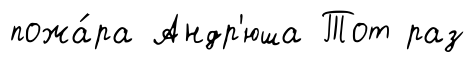
пожа́ра Андр'юша Тот раз